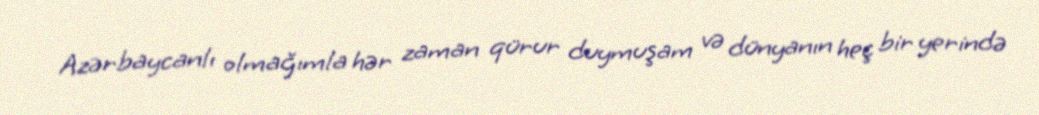
Azərbaycanlı olmağımla hər zaman qürur duymuşam və dünyanın heç bir yerində